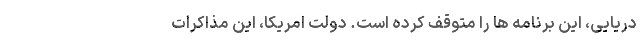
دریایی، این برنامه ها را متوقف کرده است. دولت امریکا، این مذاکرات